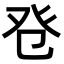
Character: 𤼥